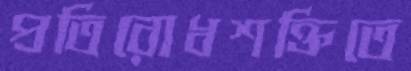
প্রতিরোধশক্তিতে